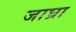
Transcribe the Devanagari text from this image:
जाघ्रा